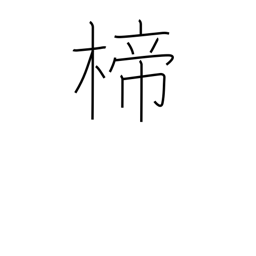
Meaning: ornamental hairpin